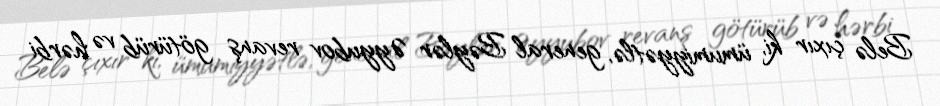
Belə çıxır ki, ümumiyyətlə, general Bəylər Əyyubov revanş götürüb və hərbi